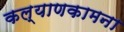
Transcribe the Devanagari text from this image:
कल्याणकामना